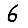
Digit: 6